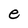
Character: e